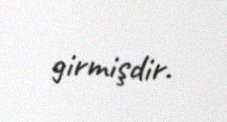
girmişdir.